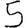
Digit: 5